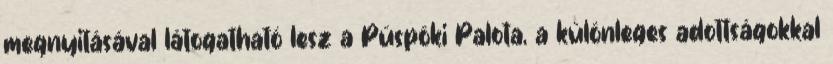
megnyitásával látogatható lesz a Püspöki Palota, a különleges adottságokkal